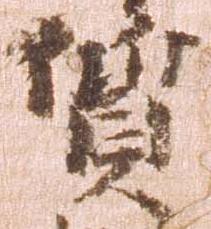
質